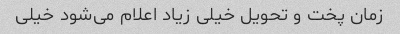
زمان پخت و تحویل خیلی زیاد اعلام می‌شود خیلی